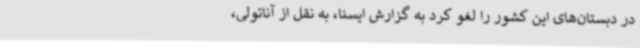
در دبستان‌های این کشور را لغو کرد به گزارش ایسنا، به نقل از آناتولی،